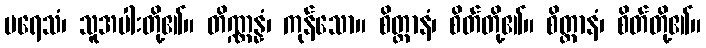
ပရေသံ၊ သူအပါးတို့၏။ တိဏ္ဏန္နံ၊ ကုန်သော။ စိတ္တာနံ၊ စိတ်တို့၏။ စိတ္တာနံ၊ စိတ်တို့၏။